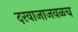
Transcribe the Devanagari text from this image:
दरवाजाजवळच